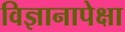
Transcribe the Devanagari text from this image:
विज्ञानापेक्षा